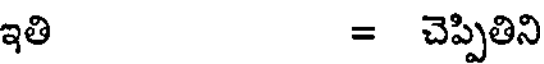
ఇతి = చెప్పితిని